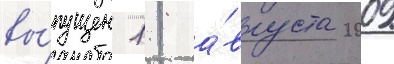
вы́пущен 11 а́вгуста 2009